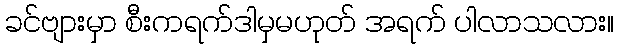
ခင်ဗျားမှာ စီးကရက်ဒါမှမဟုတ် အရက် ပါလာသလား။